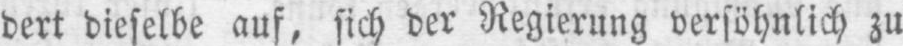
dert dieselbe auf, sich der Regierung versöhnlich zu